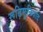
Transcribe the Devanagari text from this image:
रूढ़िमुक्तिवाद